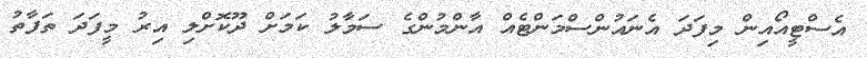
އެސްޓީއޯއިން މިފަދަ އެނައުންސްމަންޓެއް އާންމުންގެ ސަމާލު ކަމަށް ދޫކޮށްލި އިރު މީފަދަ ތަފާތު